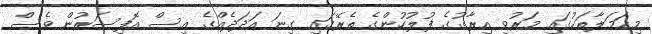
މިޙަމަލާތަކުގައި މަރުވި އިރާގުގެ ފުލުހުންގެ ތެރޭގައި ގިނަ އަދަދެއްގެ އިސް އޮފިސަރުން ވެސް